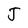
Character: J